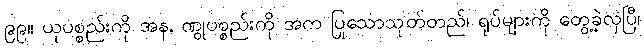
၉၉။ ယုပစ္စည်းကို အန, ဏွုပစ္စည်းကို အက ပြုသောသုတ်တည်၊ ရုပ်များကို တွေ့ခဲ့လှပြီ၊